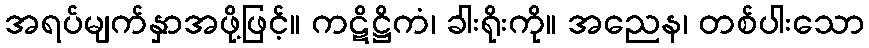
အရပ်မျက်နှာအဖို့ဖြင့်။ ကဋိဋ္ဌိကံ၊ ခါးရိုးကို။ အညေန၊ တစ်ပါးသော